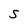
Character: S